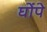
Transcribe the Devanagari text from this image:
घोंपे